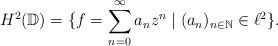
\begin{align*}H^2(\mathbb{D}) = \{f =\sum_{n=0}^{\infty} a_n z^n \mid (a_n)_{n\in\mathbb{N}} \in \ell^2\}.\end{align*}